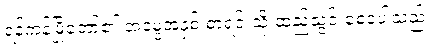
ရန်ကုန်မြို့တော်၏ အမွေအနှစ် စာရင်းသို့ ထည့်သွင်းစေခဲ့ပါသည်။